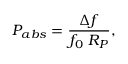
P _ { a b s } = \frac { \Delta f } { f _ { 0 } \ R _ { P } } ,